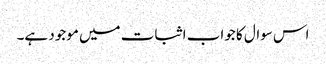
اس سوال کا جواب اثبات میں موجود ہے۔